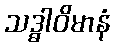
သဒ္ဓါဝိမာနံ